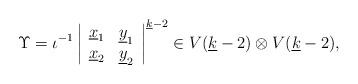
LaTeX: \begin{align*}\Upsilon=\iota^{-1}\left|\begin{array}{cc} \underline x_1 & \underline y_1 \\ \underline x_2 & \underline y_2\end{array}\right|^{\underline k-2}\in V(\underline{k}-2)\otimes V(\underline{k}-2),\end{align*}